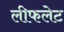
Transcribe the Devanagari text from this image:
लीफलेट